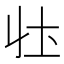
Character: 𭍼